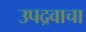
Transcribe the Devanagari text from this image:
उपद्रवाचा